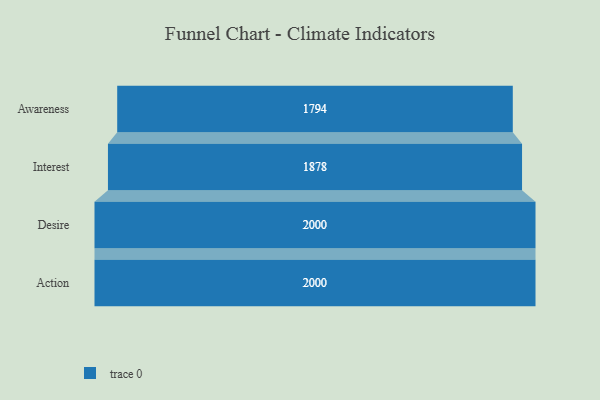
{"axis": {"x": "Stage", "y": "Value"}, "legend": [""], "data": [{"x": "Awareness", "y": 1794.0, "type": ""}, {"x": "Interest", "y": 1878.0, "type": ""}, {"x": "Desire", "y": 2000, "type": ""}, {"x": "Action", "y": 2000, "type": ""}]}